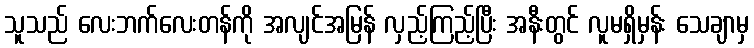
သူသည် လေးဘက်လေးတန်ကို အလျင်အမြန် လှည့်ကြည့်ပြီး အနီးတွင် လူမရှိမှန်း သေချာမှ